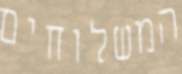
המשלוחים